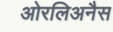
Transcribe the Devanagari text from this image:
ओरलिअनैस